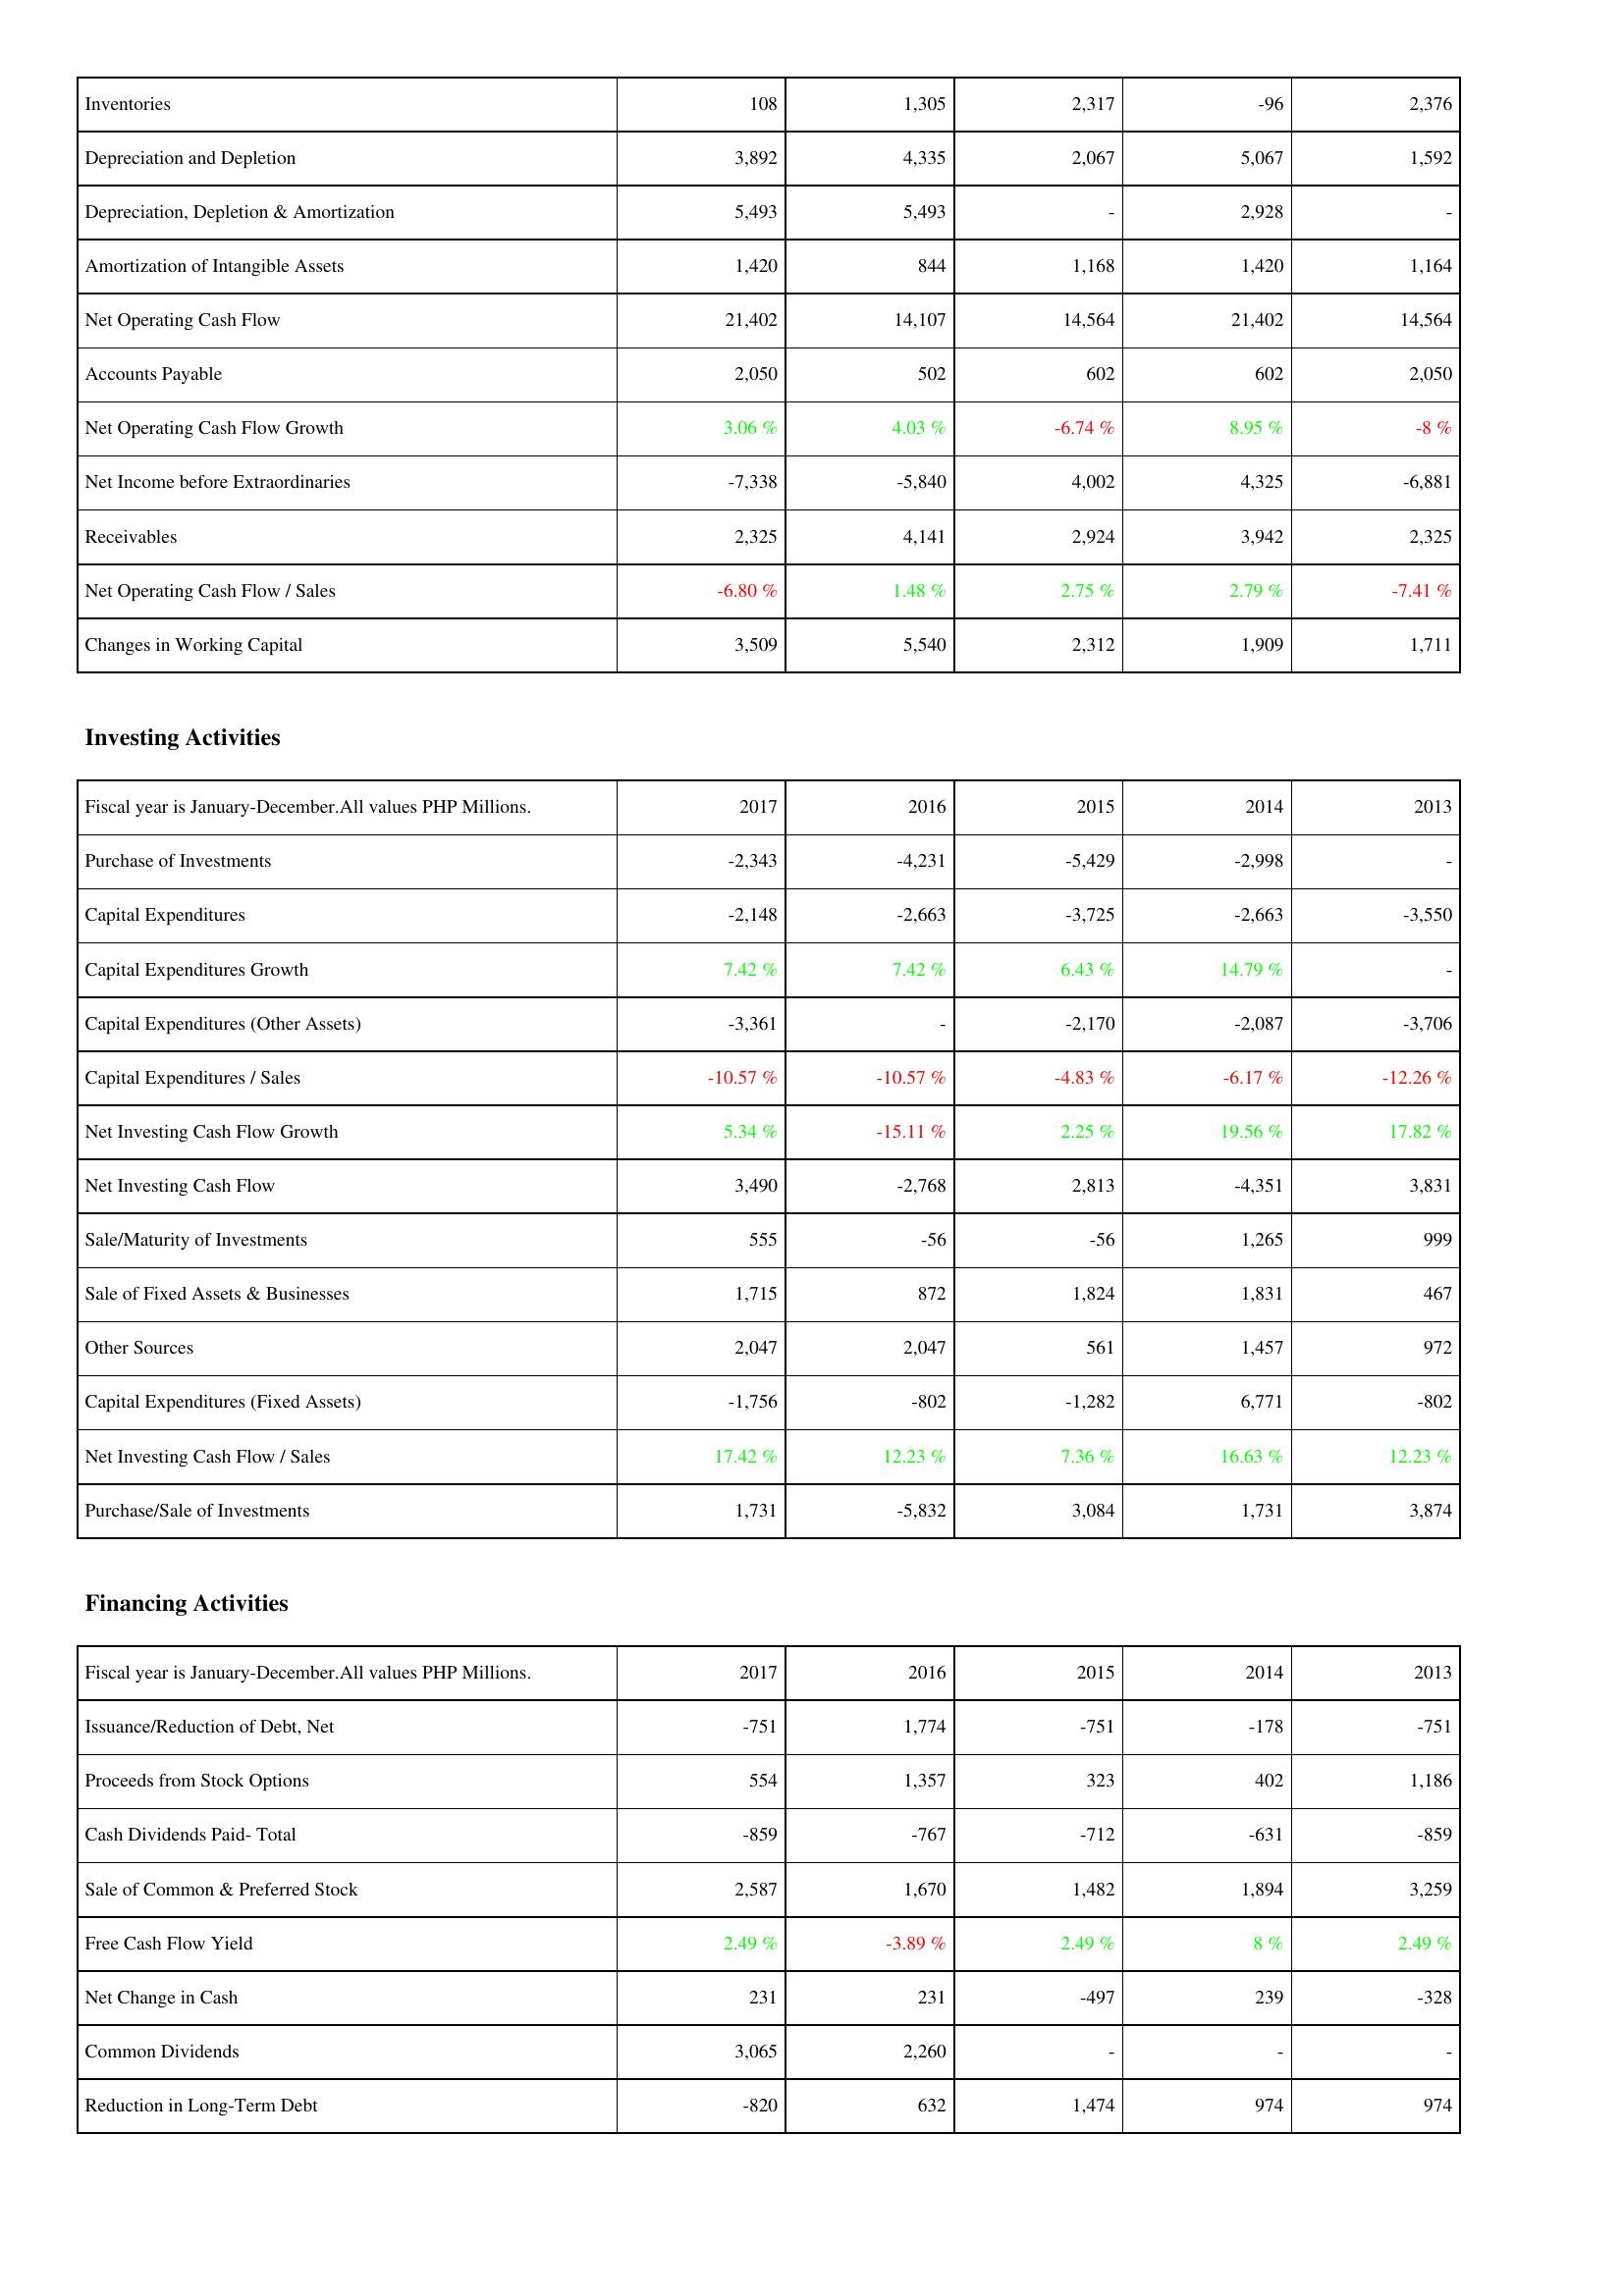
2017: Operating Activities: Inventories: 108
Depreciation and Depletion: 3,892
Depreciation, Depletion & Amortization: 5,493
Amortization of Intangible Assets: 1,420
Net Operating Cash Flow: 21,402
Accounts Payable: 2,050
Net Operating Cash Flow Growth: 3.06 %
Net Income before Extraordinaries: -7,338
Receivables: 2,325
Net Operating Cash Flow / Sales: -6.80 %
Changes in Working Capital: 3,509
Investing Activities: Purchase of Investments: -2,343
Capital Expenditures: -2,148
Capital Expenditures Growth: 7.42 %
Capital Expenditures (Other Assets): -3,361
Capital Expenditures / Sales: -10.57 %
Net Investing Cash Flow Growth: 5.34 %
Net Investing Cash Flow: 3,490
Sale/Maturity of Investments: 555
Sale of Fixed Assets & Businesses: 1,715
Other Sources: 2,047
Capital Expenditures (Fixed Assets): -1,756
Net Investing Cash Flow / Sales: 17.42 %
Purchase/Sale of Investments: 1,731
Financing Activities: Issuance/Reduction of Debt, Net: -751
Proceeds from Stock Options: 554
Cash Dividends Paid- Total: -859
Sale of Common & Preferred Stock: 2,587
Free Cash Flow Yield: 2.49 %
Net Change in Cash: 231
Common Dividends: 3,065
Reduction in Long-Term Debt: -820
2016: Operating Activities: Inventories: 1,305
Depreciation and Depletion: 4,335
Depreciation, Depletion & Amortization: 5,493
Amortization of Intangible Assets: 844
Net Operating Cash Flow: 14,107
Accounts Payable: 502
Net Operating Cash Flow Growth: 4.03 %
Net Income before Extraordinaries: -5,840
Receivables: 4,141
Net Operating Cash Flow / Sales: 1.48 %
Changes in Working Capital: 5,540
Investing Activities: Purchase of Investments: -4,231
Capital Expenditures: -2,663
Capital Expenditures Growth: 7.42 %
Capital Expenditures (Other Assets): -
Capital Expenditures / Sales: -10.57 %
Net Investing Cash Flow Growth: -15.11 %
Net Investing Cash Flow: -2,768
Sale/Maturity of Investments: -56
Sale of Fixed Assets & Businesses: 872
Other Sources: 2,047
Capital Expenditures (Fixed Assets): -802
Net Investing Cash Flow / Sales: 12.23 %
Purchase/Sale of Investments: -5,832
Financing Activities: Issuance/Reduction of Debt, Net: 1,774
Proceeds from Stock Options: 1,357
Cash Dividends Paid- Total: -767
Sale of Common & Preferred Stock: 1,670
Free Cash Flow Yield: -3.89 %
Net Change in Cash: 231
Common Dividends: 2,260
Reduction in Long-Term Debt: 632
2015: Operating Activities: Inventories: 2,317
Depreciation and Depletion: 2,067
Depreciation, Depletion & Amortization: -
Amortization of Intangible Assets: 1,168
Net Operating Cash Flow: 14,564
Accounts Payable: 602
Net Operating Cash Flow Growth: -6.74 %
Net Income before Extraordinaries: 4,002
Receivables: 2,924
Net Operating Cash Flow / Sales: 2.75 %
Changes in Working Capital: 2,312
Investing Activities: Purchase of Investments: -5,429
Capital Expenditures: -3,725
Capital Expenditures Growth: 6.43 %
Capital Expenditures (Other Assets): -2,170
Capital Expenditures / Sales: -4.83 %
Net Investing Cash Flow Growth: 2.25 %
Net Investing Cash Flow: 2,813
Sale/Maturity of Investments: -56
Sale of Fixed Assets & Businesses: 1,824
Other Sources: 561
Capital Expenditures (Fixed Assets): -1,282
Net Investing Cash Flow / Sales: 7.36 %
Purchase/Sale of Investments: 3,084
Financing Activities: Issuance/Reduction of Debt, Net: -751
Proceeds from Stock Options: 323
Cash Dividends Paid- Total: -712
Sale of Common & Preferred Stock: 1,482
Free Cash Flow Yield: 2.49 %
Net Change in Cash: -497
Common Dividends: -
Reduction in Long-Term Debt: 1,474
2014: Operating Activities: Inventories: -96
Depreciation and Depletion: 5,067
Depreciation, Depletion & Amortization: 2,928
Amortization of Intangible Assets: 1,420
Net Operating Cash Flow: 21,402
Accounts Payable: 602
Net Operating Cash Flow Growth: 8.95 %
Net Income before Extraordinaries: 4,325
Receivables: 3,942
Net Operating Cash Flow / Sales: 2.79 %
Changes in Working Capital: 1,909
Investing Activities: Purchase of Investments: -2,998
Capital Expenditures: -2,663
Capital Expenditures Growth: 14.79 %
Capital Expenditures (Other Assets): -2,087
Capital Expenditures / Sales: -6.17 %
Net Investing Cash Flow Growth: 19.56 %
Net Investing Cash Flow: -4,351
Sale/Maturity of Investments: 1,265
Sale of Fixed Assets & Businesses: 1,831
Other Sources: 1,457
Capital Expenditures (Fixed Assets): 6,771
Net Investing Cash Flow / Sales: 16.63 %
Purchase/Sale of Investments: 1,731
Financing Activities: Issuance/Reduction of Debt, Net: -178
Proceeds from Stock Options: 402
Cash Dividends Paid- Total: -631
Sale of Common & Preferred Stock: 1,894
Free Cash Flow Yield: 8 %
Net Change in Cash: 239
Common Dividends: -
Reduction in Long-Term Debt: 974
2013: Operating Activities: Inventories: 2,376
Depreciation and Depletion: 1,592
Depreciation, Depletion & Amortization: -
Amortization of Intangible Assets: 1,164
Net Operating Cash Flow: 14,564
Accounts Payable: 2,050
Net Operating Cash Flow Growth: -8 %
Net Income before Extraordinaries: -6,881
Receivables: 2,325
Net Operating Cash Flow / Sales: -7.41 %
Changes in Working Capital: 1,711
Investing Activities: Purchase of Investments: -
Capital Expenditures: -3,550
Capital Expenditures Growth: -
Capital Expenditures (Other Assets): -3,706
Capital Expenditures / Sales: -12.26 %
Net Investing Cash Flow Growth: 17.82 %
Net Investing Cash Flow: 3,831
Sale/Maturity of Investments: 999
Sale of Fixed Assets & Businesses: 467
Other Sources: 972
Capital Expenditures (Fixed Assets): -802
Net Investing Cash Flow / Sales: 12.23 %
Purchase/Sale of Investments: 3,874
Financing Activities: Issuance/Reduction of Debt, Net: -751
Proceeds from Stock Options: 1,186
Cash Dividends Paid- Total: -859
Sale of Common & Preferred Stock: 3,259
Free Cash Flow Yield: 2.49 %
Net Change in Cash: -328
Common Dividends: -
Reduction in Long-Term Debt: 974